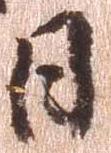
日